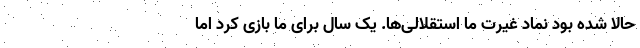
حالا شده بود نماد غیرت ما استقلالی‌ها. یک سال برای ما بازی کرد اما